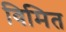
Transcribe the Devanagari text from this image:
विमित